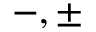
{ - , \pm }